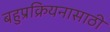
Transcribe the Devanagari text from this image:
बहुप्रक्रियनासाठी